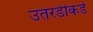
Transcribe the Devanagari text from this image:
उतरंडीकडे